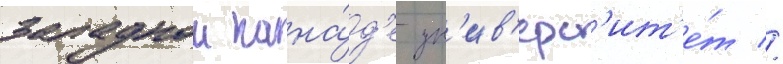
западнои кана́д'е ун'ив'ерс'ит'е́т //